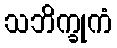
သဘိက္ခုကံ